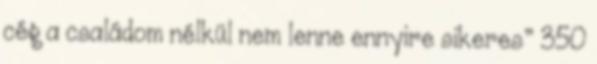
cég a családom nélkül nem lenne ennyire sikeres” 350